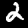
Label: 2